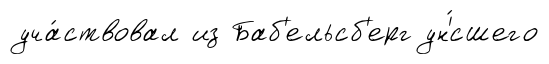
уча́ствовал из Баб'ельсб'ерг ун'́сшего